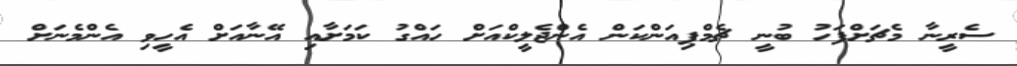
ސެރީނާ މެޗަށްފަހު ބުނީ ޗެމްޕިއަންކަން އެންޖެލީކްއަށް ހައްގު ކަމަށާއި އޭނާއަށް އެހީވި އެންމެނަށް